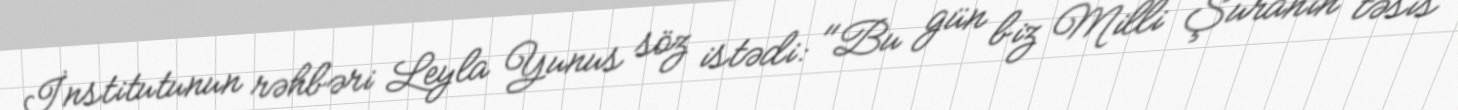
İnstitutunun rəhbəri Leyla Yunus söz istədi: "Bu gün biz Milli Şuranın təsis